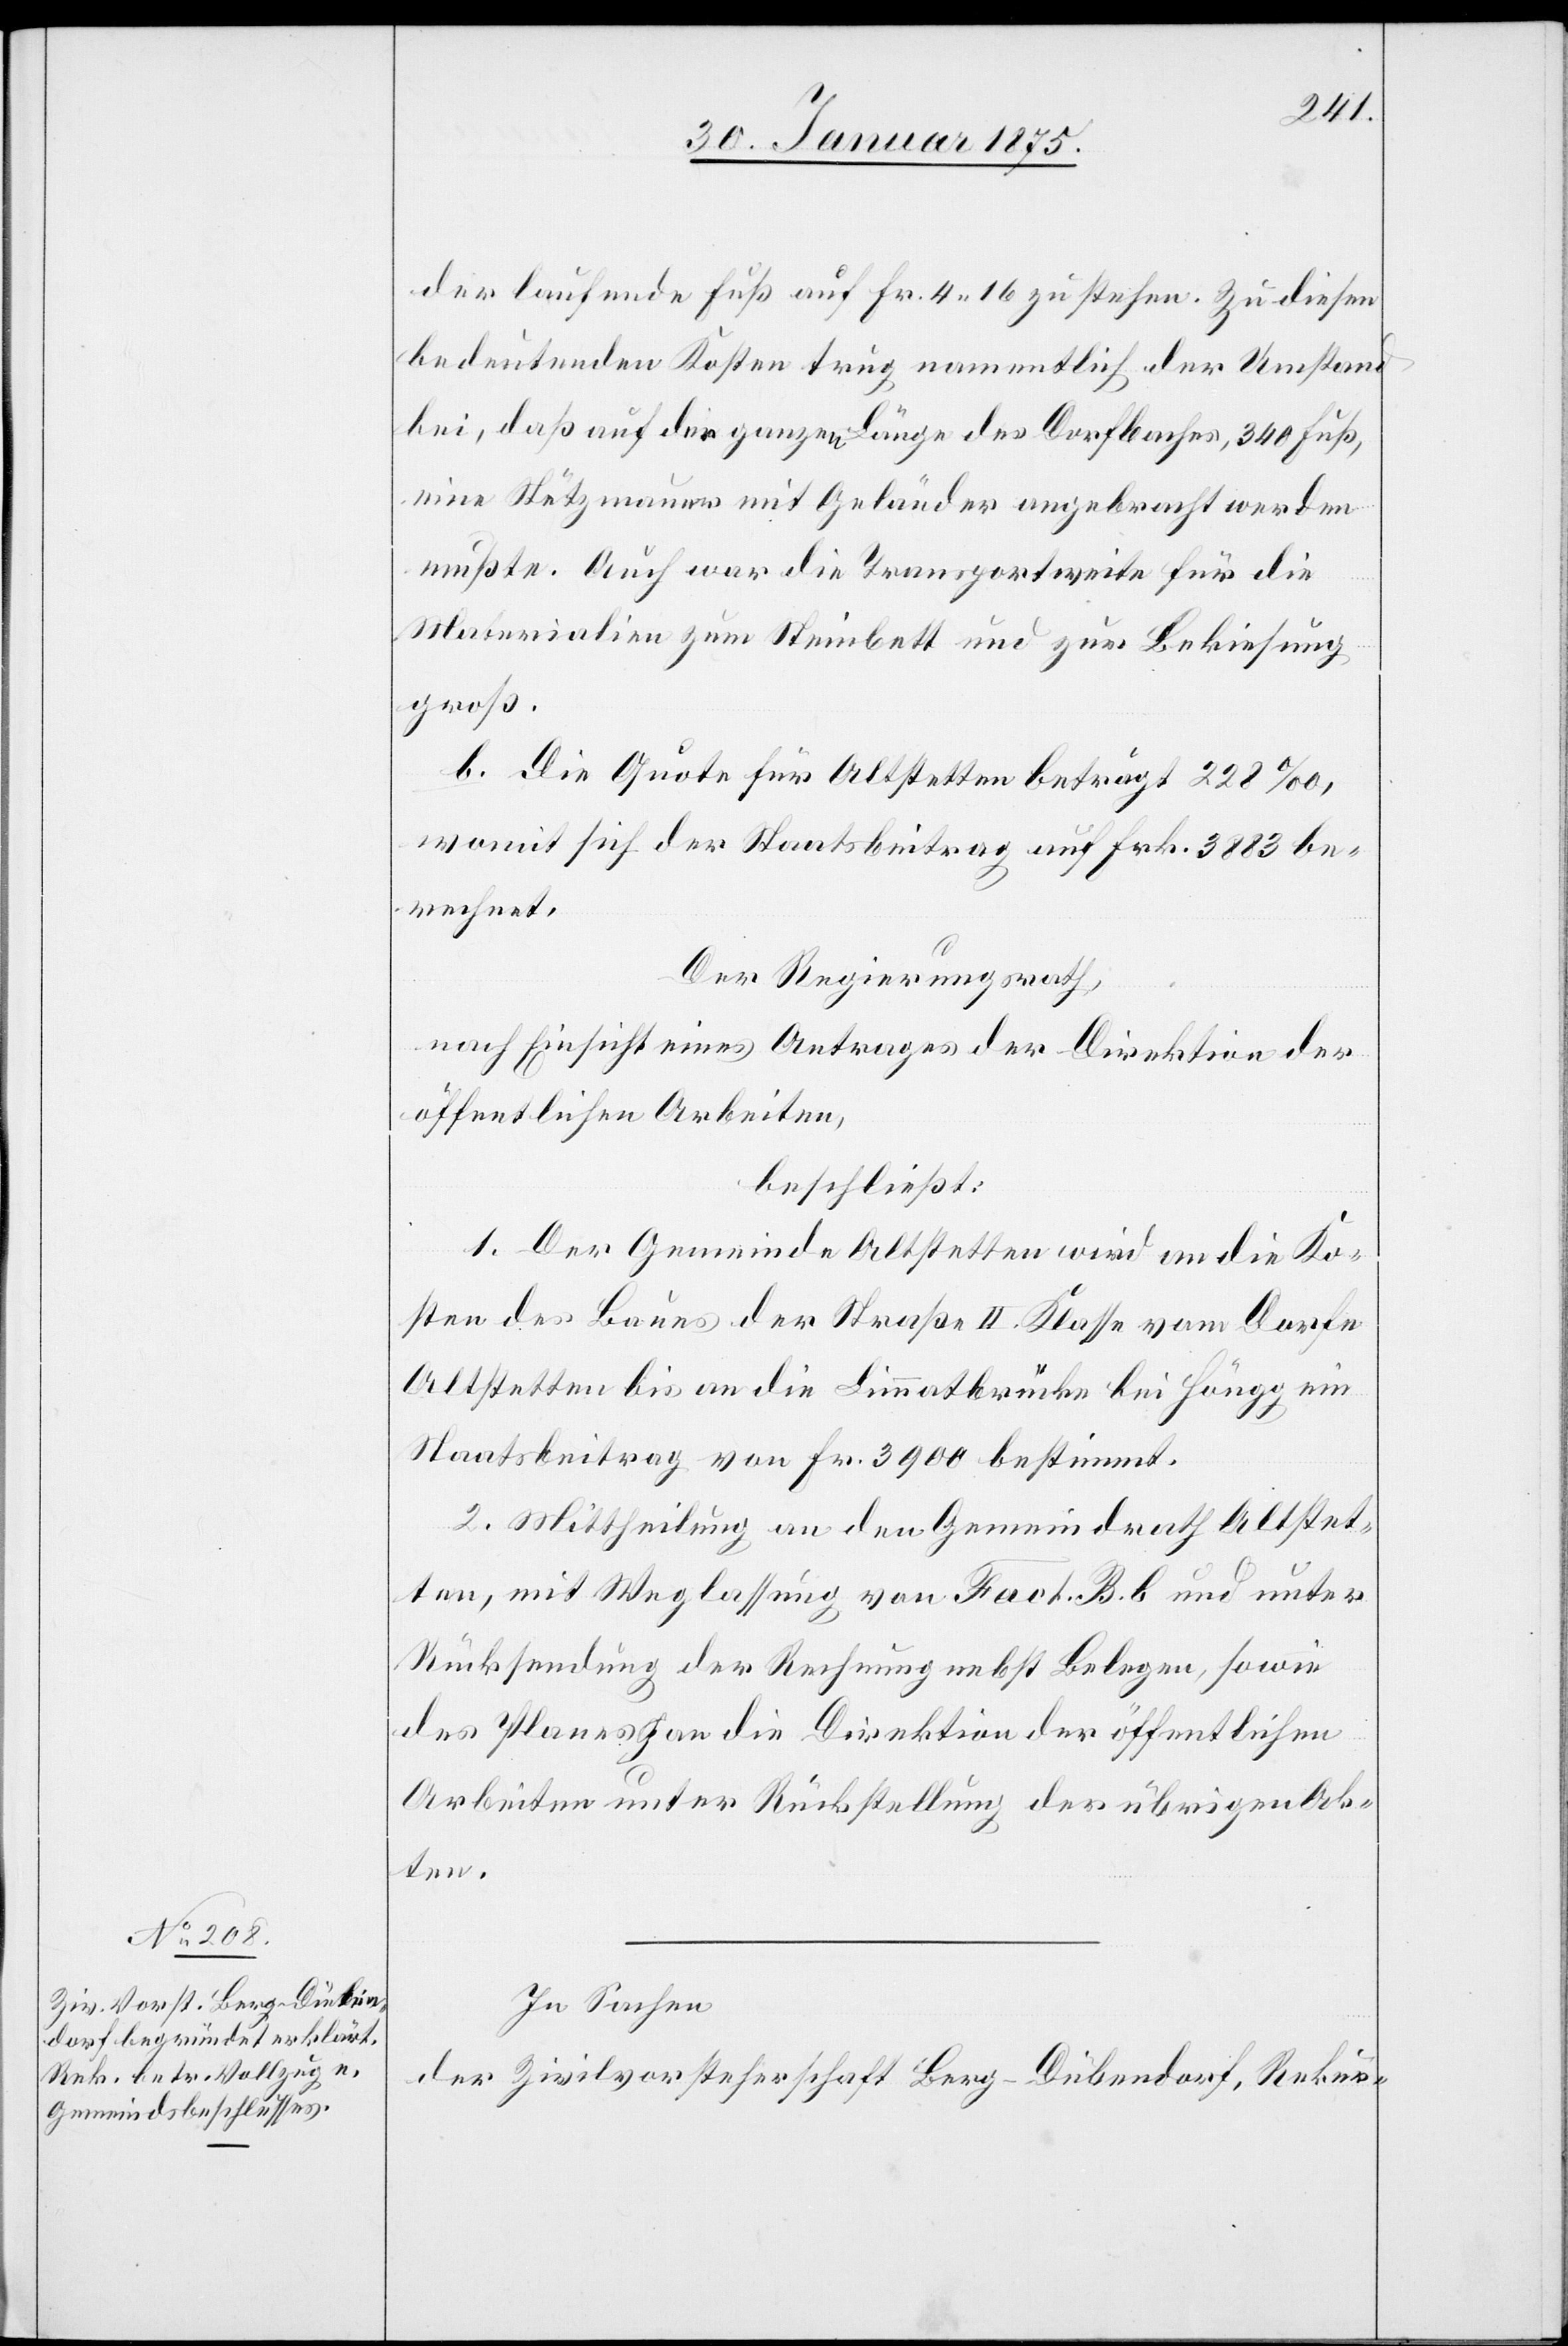
der laufende Fuß auf Fr. 4. 16 zu stehen. Zu diesen
bedeutenden Kosten trug namentlich der Umstand
bei, daß auf der ganzen Länge des Dorfbaches, 340 Fuß,
eine Stützmauer mit Geländer angebracht werden
mußte. Auch war die Transportweite für die
Materialien zum Steinbett und zur Bekiesung
groß.
b. Die Quote für Altstetten beträgt 228‰,
womit sich der Staatsbeitrag auf Frk. 3883 be¬
rechnet.
Der Regierungsrath,
nach Einsicht eines Antrages der Direktion der
öffentlichen Arbeiten,
beschließt:
1. Der Gemeinde Altstetten wird an die Ko¬
sten des Baues der Straße II. Klasse vom Dorfe
Altstetten bis an die Limmatbrücke bei Höngg ein
Staatsbeitrag von Fr. 3900 bestimmt.
2. Mittheilung an den Gemeindrath Altstet¬
ten, mit Weglassung von Fact. B. b und unter
Rücksendung der Rechnung nebst Belegen, sowie
des Planes an die Direktion der öffentlichen
Arbeiten unter Rückstellung der übrigen Ak¬
ten.
In Sachen
der Zivilvorsteherschaft Berg-Dübendorf, Rekur-